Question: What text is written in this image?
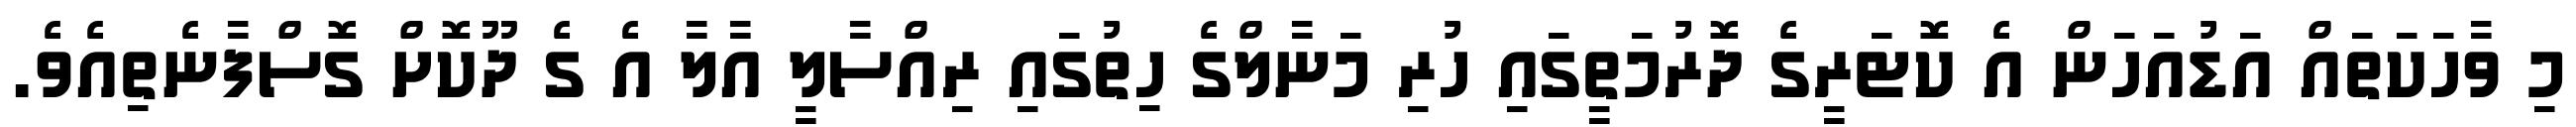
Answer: މި ވާހަކަތައް އަޑުއަހަން އެ ކޮޓަރީގެ ދޮރުމަތީގައި ހުރި މަނާލްގެ ހިތުގައި ރިއްސާލީ އާލާ އެ ގެ ދޫކޮށް ގޮސްފާނެތިއެވެ.